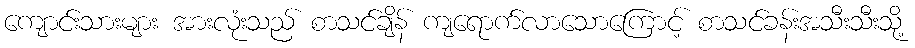
ကျောင်းသားများ အားလုံးသည် စာသင်ချိန် ကျရောက်လာသောကြောင့် စာသင်ခန်းအသီးသီးသို့